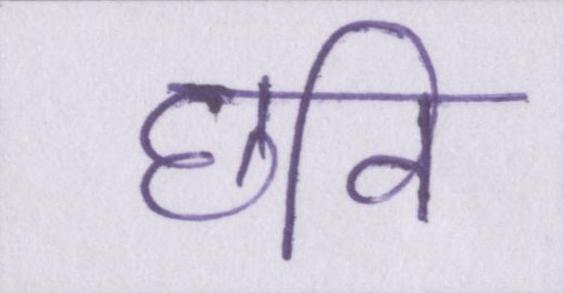
छवि